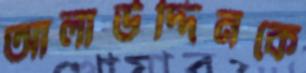
আলাউদ্দিনকে